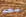
بعد